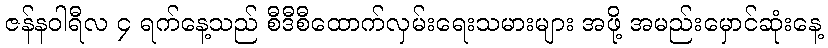
ဇန်နဝါရီလ ၄ ရက်နေ့သည် စီဒီစီထောက်လှမ်းရေးသမားများ အဖို့ အမည်းမှောင်ဆုံးနေ့